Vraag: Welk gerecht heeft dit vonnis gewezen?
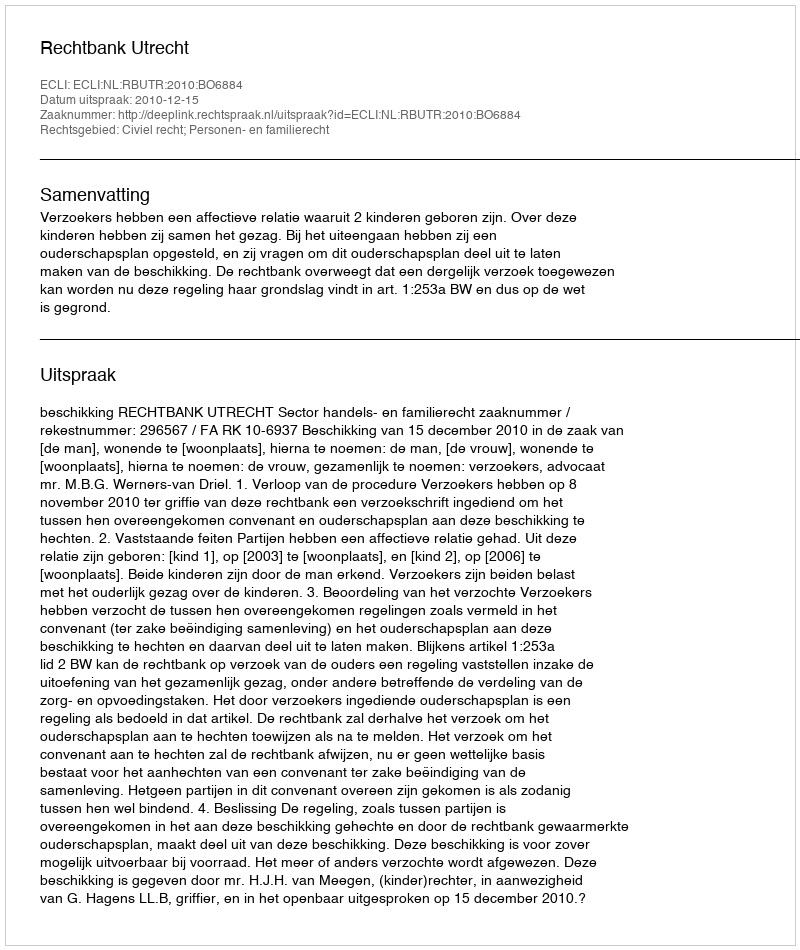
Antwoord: Rechtbank Utrecht